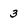
Character: 3